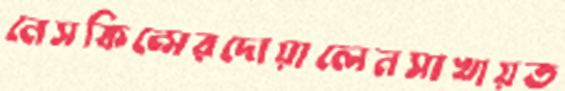
নেসকিন্সেরদোয়ালেনসাখায়ত